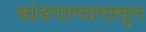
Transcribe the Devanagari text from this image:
सांडपाण्यापासून